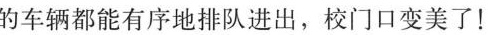
的车辆都能有序地排队进出，校门口变美了！